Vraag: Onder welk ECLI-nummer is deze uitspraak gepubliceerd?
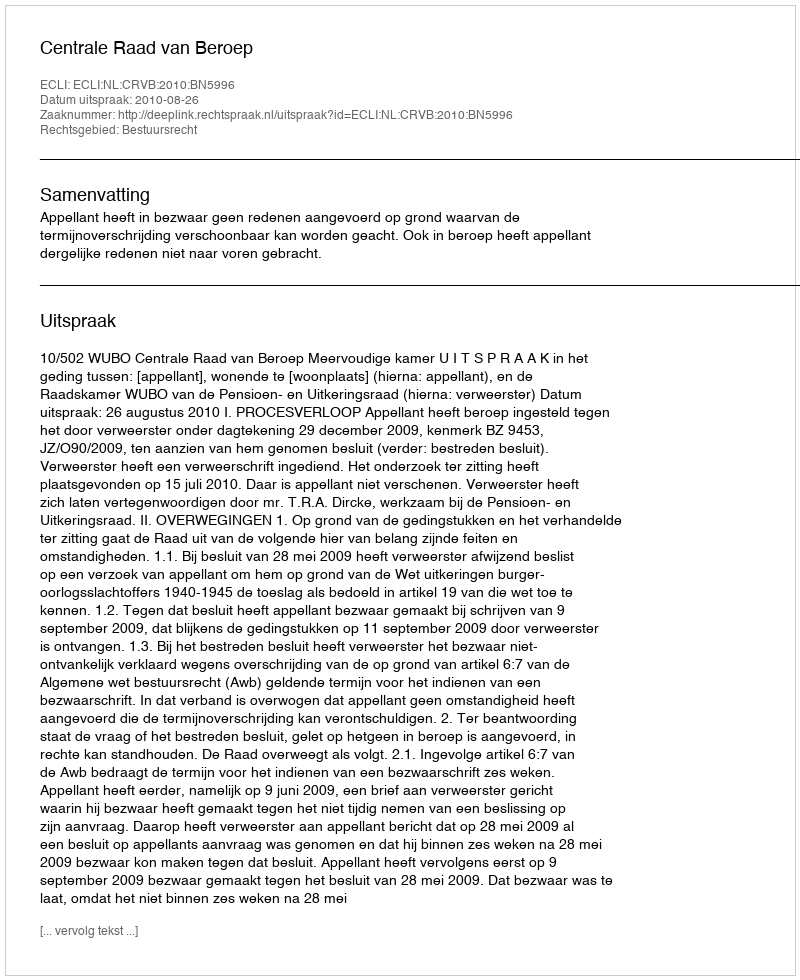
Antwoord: ECLI:NL:CRVB:2010:BN5996